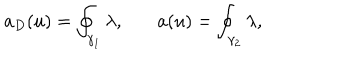
LaTeX: a _ { D } ( u ) = \oint _ { \gamma _ { 1 } } \lambda , \: \: \: \: \: \: \: \: a ( u ) = \oint _ { \gamma _ { 2 } } \lambda ,